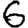
Digit: 6